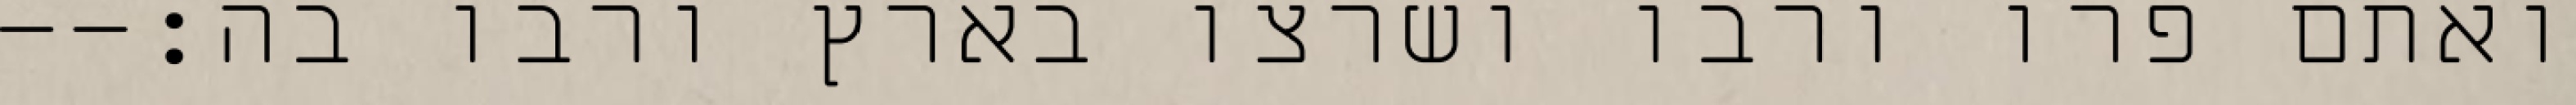
ואתם פרו ורבו ושרצו בארץ ורבו בה׃--